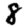
Digit: 8